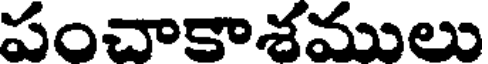
పంచాకాశములు